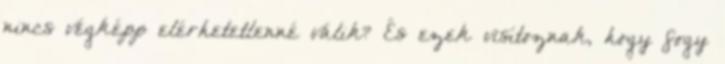
nincs végképp elérhetetlenné válik? És ezek visítoznak, hogy fogy